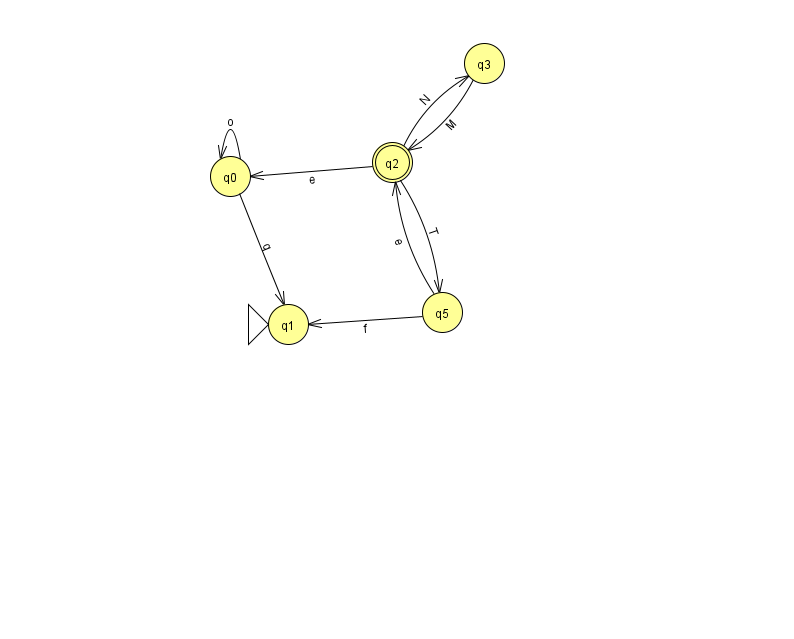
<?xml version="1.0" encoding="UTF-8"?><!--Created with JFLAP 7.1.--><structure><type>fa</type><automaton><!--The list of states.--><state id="0" name="q0"><x>230.0</x><y>163.0</y></state><state id="1" name="q1"><x>288.0</x><y>311.0</y><initial/></state><state id="2" name="q2"><x>392.0</x><y>149.0</y><final/></state><state id="3" name="q3"><x>484.0</x><y>50.0</y></state><state id="5" name="q5"><x>442.0</x><y>299.0</y></state><!--The list of transitions.--><transition><from>3</from><to>2</to><read>M</read></transition><transition><from>0</from><to>1</to><read>q</read></transition><transition><from>2</from><to>5</to><read>T</read></transition><transition><from>2</from><to>0</to><read>e</read></transition><transition><from>2</from><to>3</to><read>N</read></transition><transition><from>5</from><to>2</to><read>e</read></transition><transition><from>5</from><to>1</to><read>f</read></transition><transition><from>0</from><to>0</to><read>o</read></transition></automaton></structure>